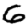
Digit: 6